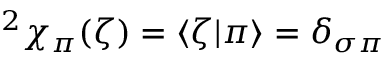
^ 2 \chi _ { \pi } ( \zeta ) = \langle \zeta | \pi \rangle = \delta _ { \sigma \pi }